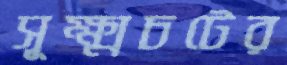
সূক্ষ্মচটের